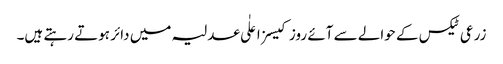
زرعی ٹیکس کے حوالے سے آئے روز کیسز اعلٰی عدلیہ میں دائر ہوتے رہتے ہیں۔